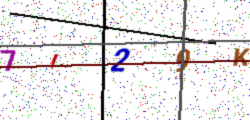
Text: 7I29K